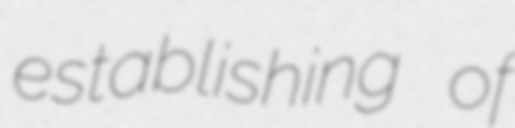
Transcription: establishing of